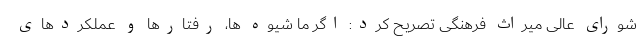
شورای عالی میراث فرهنگی تصریح کرد: اگر ما شیوه ها، رفتارها و عملکردهای